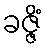
ခဇ္ဇိံ